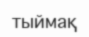
тыймақ